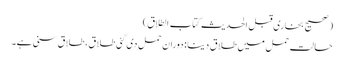
(صحیح بخاری قبل الحدیث کتاب الطلاق)
حالت حمل میں طلاق دینا: دوران حمل دی گئی طلاق، طلاق سنی ہے۔